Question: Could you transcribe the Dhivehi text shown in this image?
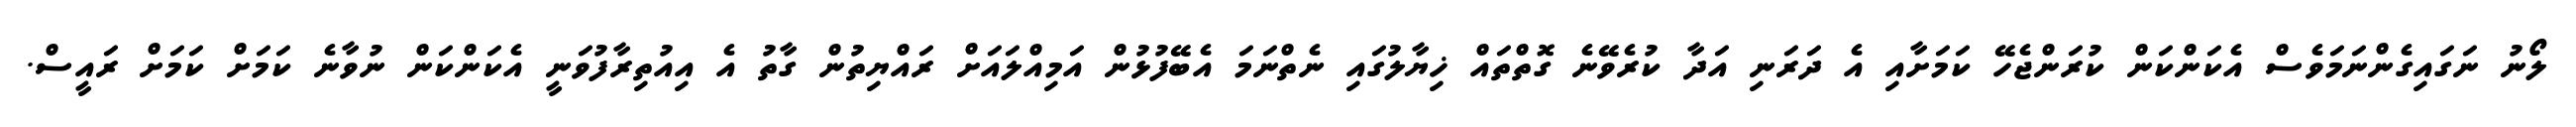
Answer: ލޯނު ނަގައިގެންނަމަވެސް އެކަންކަން ކުރަންޖެހޭ ކަމަށާއި އެ ދަރަނި އަދާ ކުރެވޭނެ ގޮތްތައް ޚިޔާލުގައި ނެތްނަމަ އެބޭފުޅުން އަމިއްލައަށް ރައްޔިތުން ގާތު އެ އިއުތިރާފުވަނީ އެކަންކަން ނުވާނެ ކަމަށް ކަމަށް ރައީސް.